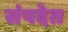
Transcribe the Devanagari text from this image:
संपदेत